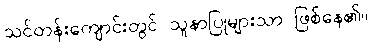
သင်တန်းကျောင်းတွင် သူနာပြုများသာ ဖြစ်နေ၏။